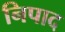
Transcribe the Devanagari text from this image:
निपाद